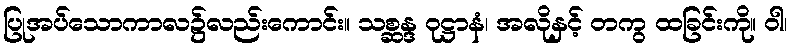
ပြုအပ်သောကာလ၌လည်းကောင်း။ သစ္ဆန္ဒ ဝုဋ္ဌာနံ၊ အလိုနှင့် တကွ ထခြင်းကို။ ဝါ၊